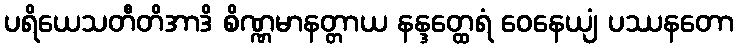
ပရိယေသတီတိအာဒိ စိဏ္ဏမာနတ္တာယ နန္ဒတ္ထေရံ ဝေနေယျံ ပဿနတော